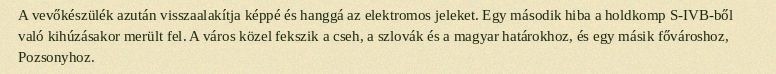
A vevőkészülék azután visszaalakítja képpé és hanggá az elektromos jeleket. Egy második hiba a holdkomp S-IVB-ből való kihúzásakor merült fel. A város közel fekszik a cseh, a szlovák és a magyar határokhoz, és egy másik fővároshoz, Pozsonyhoz.